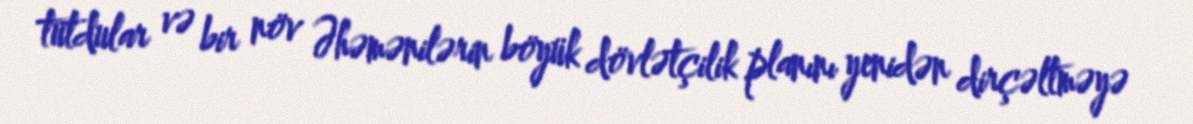
tutdular və bir növ Əhəmənilərin böyük dövlətçilik planını yenidən dirçəltməyə